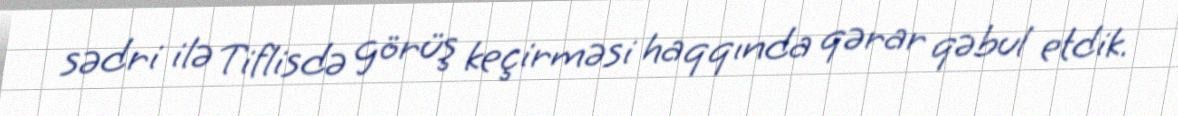
sədri ilə Tiflisdə görüş keçirməsi haqqında qərar qəbul etdik.